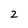
Character: 2